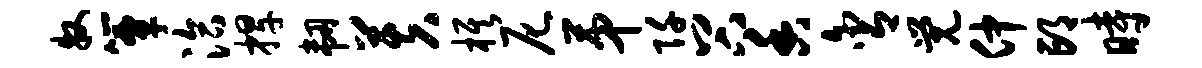
牧簟洽捍韧芙旗尼第阡谷香含觉仲邙时